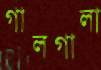
গালগালা